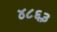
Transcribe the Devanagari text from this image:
४८६३